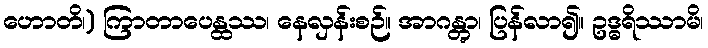
ဟောတိ၊) ကြာတာပေန္ထဿ၊ နေလှန်းစဉ်။ အာဂန္တွာ၊ ပြန်လာ၍။ ဥဒ္ဓရိဿာမိ၊